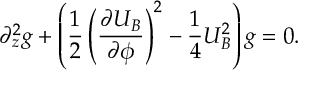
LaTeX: \partial _ { z } ^ { 2 } g + \left( \frac { 1 } { 2 } \left( \frac { \partial U _ { B } } { \partial \phi } \right) ^ { 2 } - \frac { 1 } { 4 } U _ { B } ^ { 2 } \right) g = 0 .